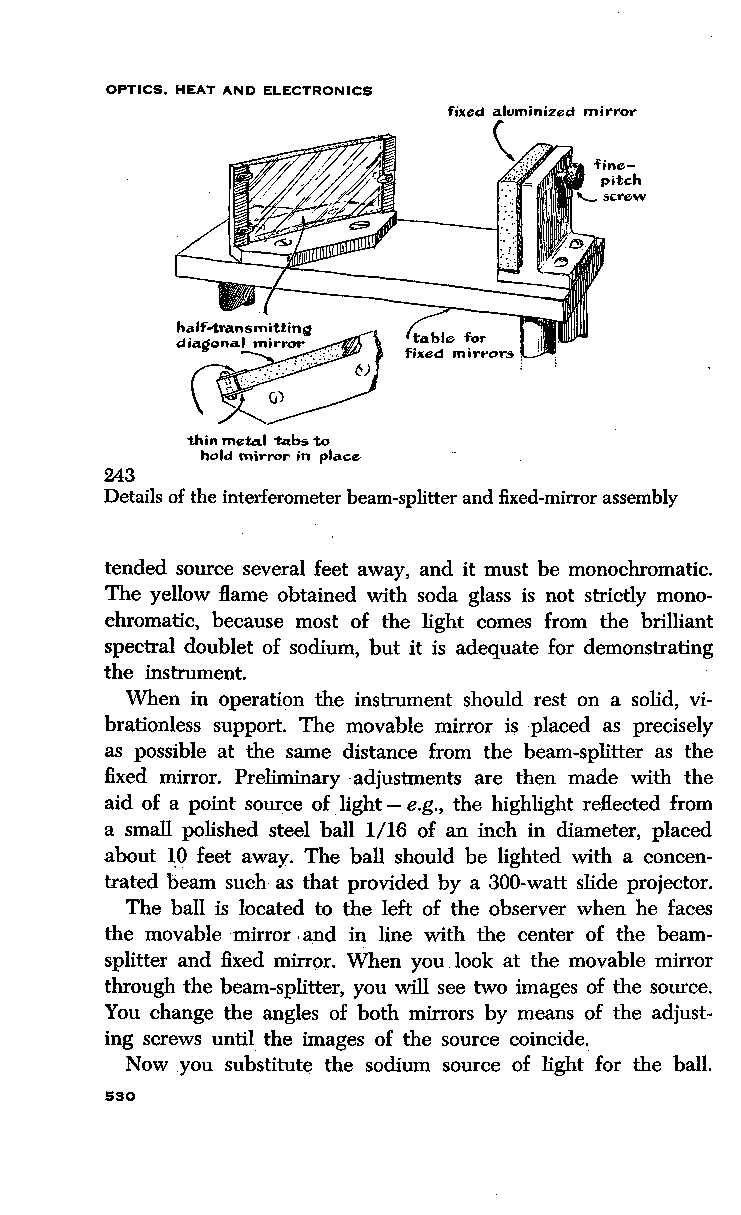
OPTICS, HEAT AND ELECTRONICS
 fixed aluminized mirror
 half-transm~ittinQ
 diagonal mi,.ror ,,. _, .. "
 (l;__~;·
 thin meted 1:itbs to
 hold mirror In place
 243
 Details of the interferometer beam-splitter and fixed-mirror assembly
 tended source several feet away, and it must be monochromatic.
 The yellow flame obtained with soda glass is not strictly mono
 chromatic, because most of the light comes from the brilliant
 spectral doublet of sodium, but it is adequate for demonstrating
 the instrument.
 When in operation the instrument should rest on a solid, vi
 brationless support. The movable mirror is placed as precisely
 as possible at the same distance from the beam-splitter as the
 fixed mirror. Preliminary adjustments are then made with the
 aid of a point source of light-e.g., the highlight reflected from
 a small polished steel ball 1/16 of an inch in diameter, placed
 about 19 feet away. The ball should be lighted with a concen
 trated beam such as that provided by a 300-watt slide projector.
 The ball is located to the left of the observer when he faces
 the movable mirror . and in line with the center of the beam
 splitter and fixed mirror. When you look at the movable mirror
 through the beam-splitter, you will see two images of the source.
 You change the angles of both mirrors by means of the adjust
 ing screws until the images of the source coincide.
 Now you substitute the sodium source of light for the ball.
 530